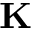
\mathbf { K }